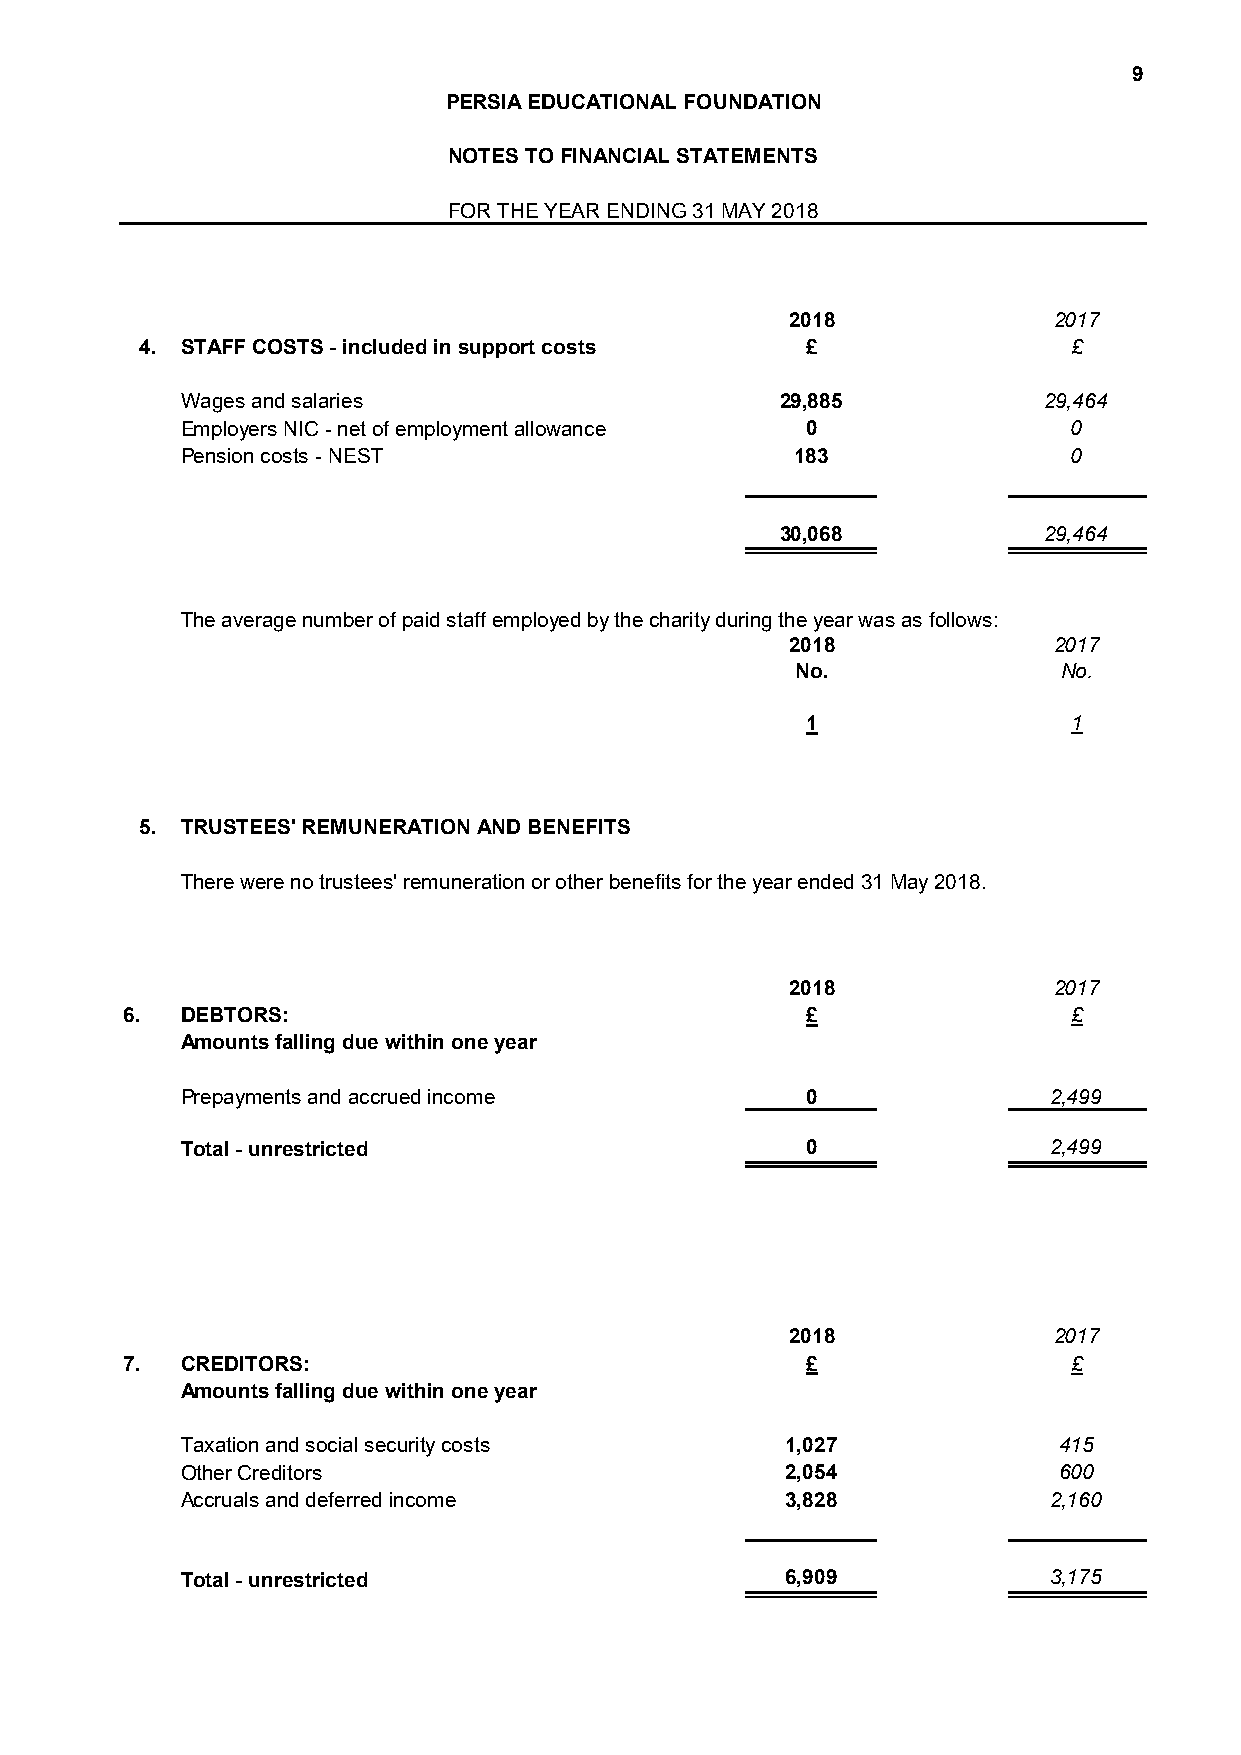
9
 PERSIA EDUCATIONAL FOUNDATION
 NOTES TO FINANCIAL STATEMENTS
 FOR THE YEAR ENDING 31 MAY 2018
 2018              2017
 4. STAFF COSTS - included in support costs  £                 £
 Wages and salaries                      29,885           29,464
 Employers NIC - net of employment allowance 0              0
 Pension costs - NEST                     183               0
 30,068           29,464
 The average number of paid staff employed by the charity during the year was as follows:
 2018              2017
 No.              No.
 1                 1
 5. TRUSTEES' REMUNERATION AND BENEFITS
 There were no trustees' remuneration or other benefits for the year ended 31 May 2018.
 2018              2017
 6.  DEBTORS:                                 £                 £
 Amounts falling due within one year
 Prepayments and accrued income           0               2,499
 Total - unrestricted                     0               2,499
 2018              2017
 7.  CREDITORS:                               £                 £
 Amounts falling due within one year
 Taxation and social security costs      1,027             415
 Other Creditors                         2,054             600
 Accruals and deferred income            3,828            2,160
 Total - unrestricted                    6,909            3,175